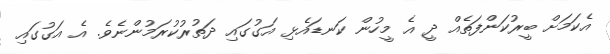
އެކަމަށް ބީރުކަންފަތެއް ދީ އެ މީހުން ކަނޑައެޅި އަގުގައި ދަތުރުކުރަމުންނެވެ. އެ އަގުގައި